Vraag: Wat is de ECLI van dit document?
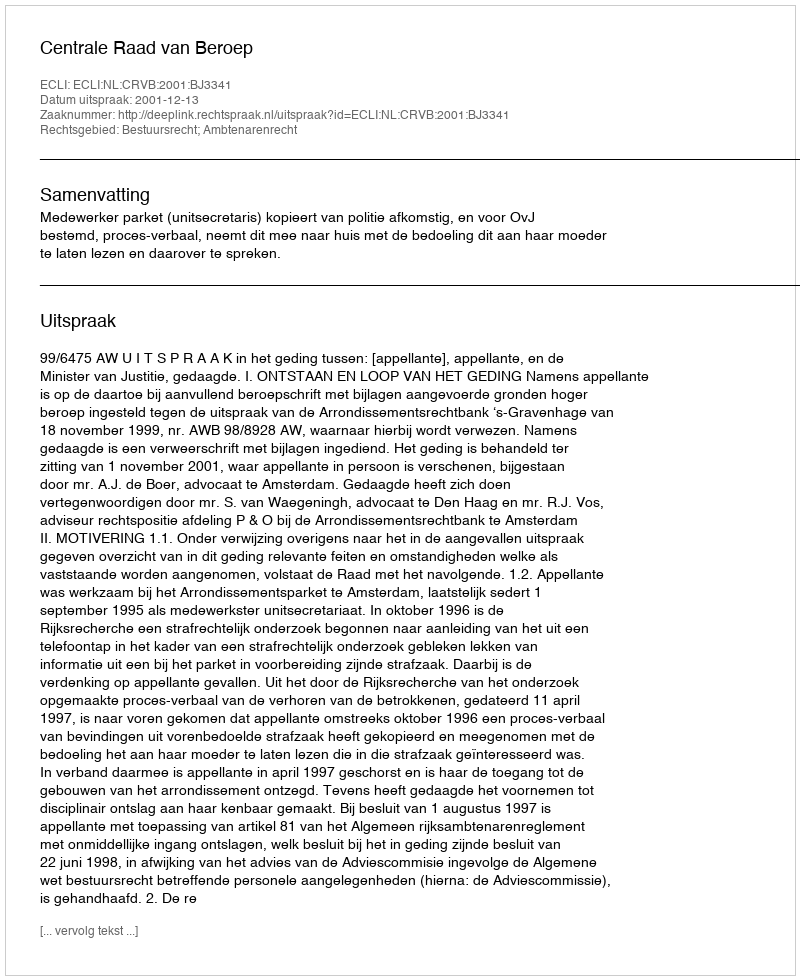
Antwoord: ECLI:NL:CRVB:2001:BJ3341